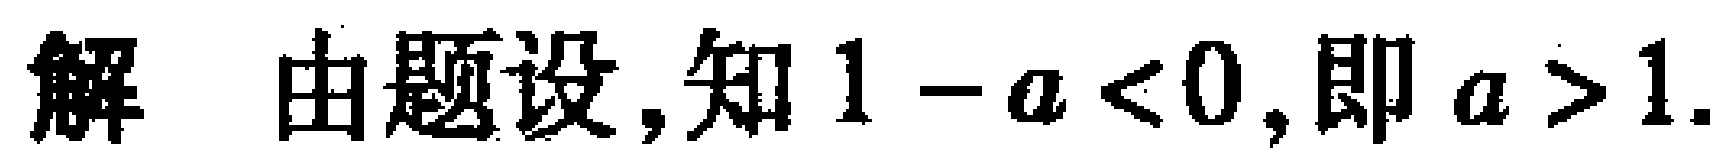
解 由题设,知 \(1 - a < 0\),即 \(a > 1\).